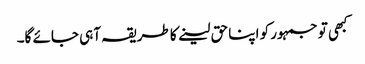
کبھی تو جمہور کو اپنا حق لینے کا طریقہ آہی جائے گا۔